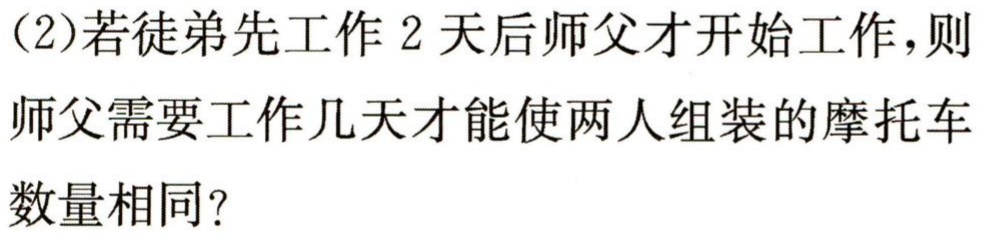
(2)若徒弟先工作2天后师父才开始工作，则师父需要工作几天才能使两人组装的摩托车数量相同?